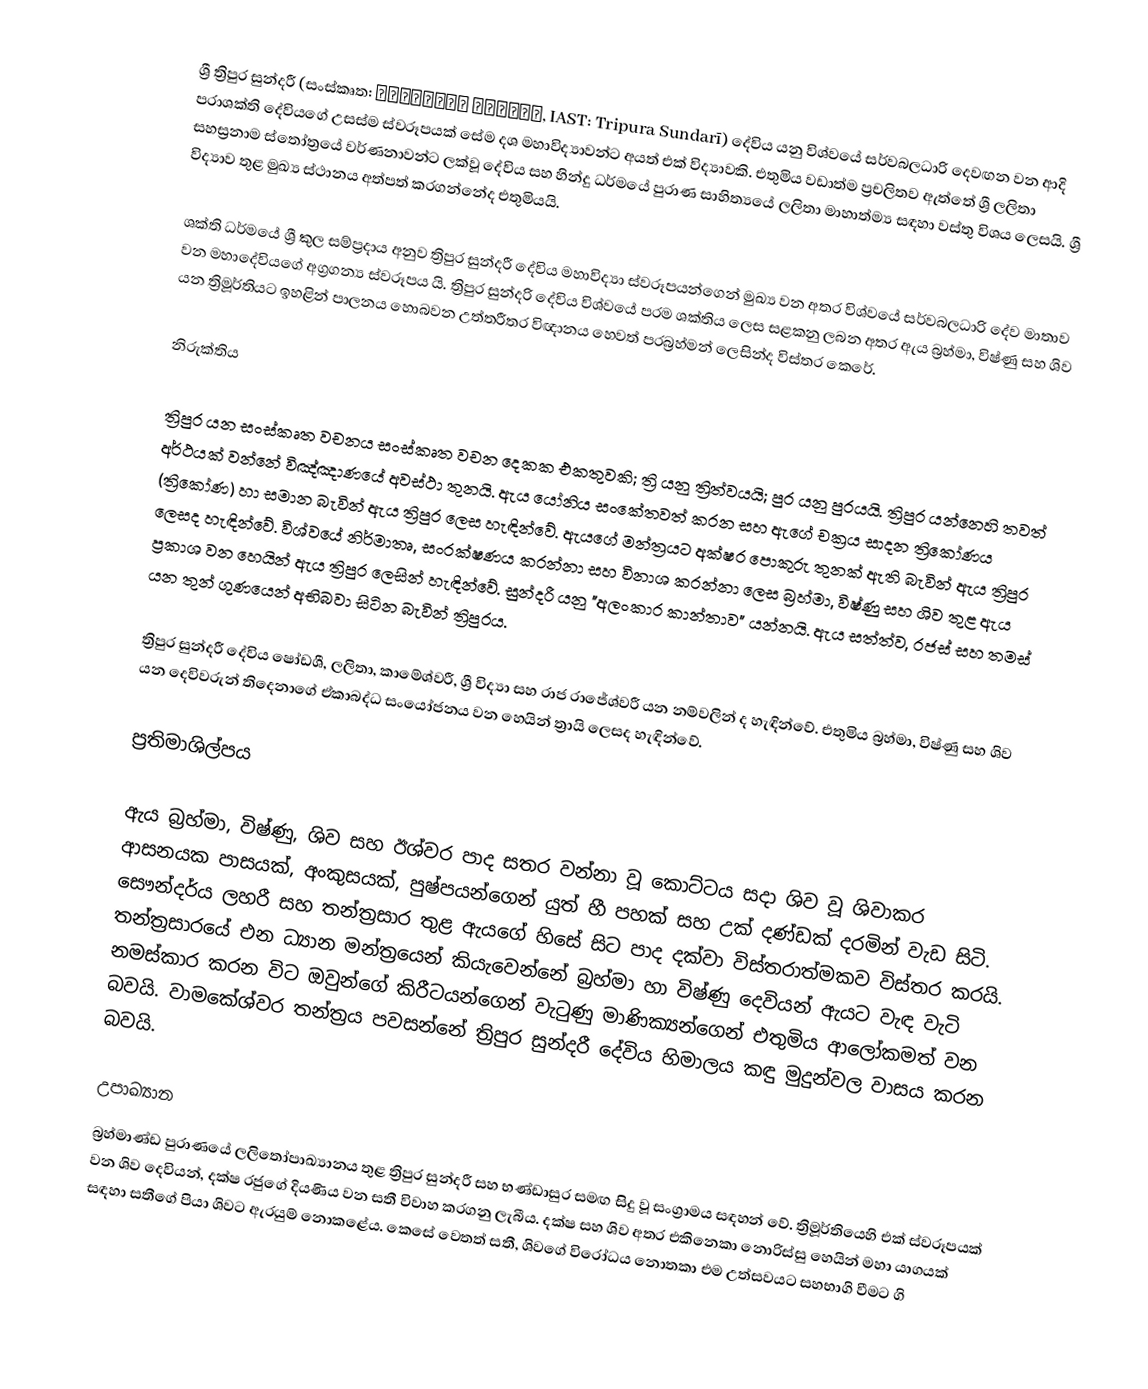
ශ්‍රී ත්‍රිපුර සුන්දරී (සංස්කෘත: त्रिपुरा सुंदरी, IAST: Tripura Sundarī) දේවිය යනු විශ්වයේ සර්වබලධාරි දෙවඟන වන ආදි පරාශක්ති දේවියගේ උසස්ම ස්වරූපයක් සේම දශ මහාවිද්‍යාවන්ට අයත් එක් විද්‍යාවකි. එතුමිය වඩාත්ම ප්‍රචලිතව ඇත්තේ ශ්‍රී ලලිතා සහස්‍රනාම ස්තෝත්‍රයේ වර්ණනාවන්ට ලක්වූ දේවිය සහ හින්දු ධර්මයේ පුරාණ සාහිත්‍යයේ ලලිතා මාහාත්ම්‍ය සඳහා වස්තු විශය ලෙසයි. ශ්‍රී විද්‍යාව තුළ මුඛ්‍ය ස්ථානය අත්පත් කරගන්නේද එතුමියයි.

ශක්ති ධර්මයේ ශ්‍රී කුල සම්ප්‍රදාය අනුව ත්‍රිපුර සුන්දරී දේවිය මහාවිද්‍යා ස්වරූපයන්ගෙන් මුඛ්‍ය වන අතර විශ්වයේ සර්වබලධාරි දේව මාතාව වන මහාදේවියගේ අග්‍රගන්‍ය ස්වරූපය යි. ත්‍රිපුර සුන්දරි දේවිය විශ්වයේ පරම ශක්තිය ලෙස සළකනු ලබන අතර ඇය බ්‍රහ්මා, විෂ්ණු සහ ශිව යන ත්‍රිමූර්තියට ඉහළින් පාලනය හොබවන උත්තරීතර විඥානය හෙවත් පරබ්‍රහ්මන් ලෙසින්ද විස්තර කෙරේ.

නිරුක්තිය

ත්‍රිපුර යන සංස්කෘත වචනය සංස්කෘත වචන දෙකක එකතුවකි; ත්‍රි යනු ත්‍රිත්වයයි; පුර යනු පුරයයි. ත්‍රිපුර යන්නෙහි තවත් අර්ථයක් වන්නේ විඤ්ඤාණයේ අවස්ථා තුනයි. ඇය යෝනිය සංකේතවත් කරන සහ ඇගේ චක්‍රය සාදන ත්‍රිකෝණය (ත්‍රිකෝණ) හා සමාන බැවින් ඇය ත්‍රිපුර ලෙස හැඳින්වේ. ඇයගේ මන්ත්‍රයට අක්ෂර පොකුරු තුනක් ඇති බැවින් ඇය ත්‍රිපුර ලෙසද හැඳින්වේ. විශ්වයේ නිර්මාතෘ, සංරක්ෂණය කරන්නා සහ විනාශ කරන්නා ලෙස බ්‍රහ්මා, විෂ්ණු සහ ශිව තුළ ඇය ප්‍රකාශ වන හෙයින් ඇය ත්‍රිපුර ලෙසින් හැඳින්වේ. සුන්දරී යනු "අලංකාර කාන්තාව" යන්නයි. ඇය සත්ත්ව, රජස් සහ තමස් යන තුන් ගුණයෙන් අභිබවා සිටින බැවින් ත්‍රිපුරය.

ත්‍රිපුර සුන්දරී දේවිය ෂෝඩශී, ලලිතා, කාමේශ්වරී, ශ්‍රී විද්‍යා සහ රාජ රාජේශ්වරී යන නම්වලින් ද හැඳින්වේ. එතුමිය බ්‍රහ්මා, විෂ්ණු සහ ශිව යන දෙවිවරුන් තිදෙනාගේ ඒකාබද්ධ සංයෝජනය වන හෙයින් ත්‍රායි ලෙසද හැඳින්වේ.

ප්‍රතිමාශිල්පය

ඇය බ්‍රහ්මා, විෂ්ණු, ශිව සහ ඊශ්වර පාද සතර වන්නා වූ කොට්ටය සදා ශිව වූ ශිවාකර ආසනයක පාසයක්, අංකුසයක්, පුෂ්පයන්ගෙන් යුත් හී පහක් සහ උක් දණ්ඩක් දරමින් වැඩ සිටි. සෞන්දර්ය ලහරී සහ තන්ත්‍රසාර තුළ ඇයගේ හිසේ සිට පාද දක්වා විස්තරාත්මකව විස්තර කරයි. තන්ත්‍රසාරයේ එන ධ්‍යාන මන්ත්‍රයෙන් කියැවෙන්නේ බ්‍රහ්මා හා විෂ්ණු දෙවියන් ඇයට වැඳ වැටි නමස්කාර කරන විට ඔවුන්ගේ කිරීටයන්ගෙන් වැටුණු මාණික්‍යන්ගෙන් එතුමිය ආලෝකමත් වන බවයි. වාමකේශ්වර තන්ත්‍රය පවසන්නේ ත්‍රිපුර සුන්දරී දේවිය හිමාලය කඳු මුදුන්වල වාසය කරන බවයි.

උපාඛ්‍යාන
බ්‍රහ්මාණ්ඩ පුරාණයේ ලලිතෝපාඛ්‍යානය තුළ ත්‍රිපුර සුන්දරී සහ භණ්ඩාසුර සමඟ සිදු වූ සංග්‍රාමය සඳහන් වේ. ත්‍රිමූර්තියෙහි එක් ස්වරූපයක් වන ශිව දෙවියන්, දක්ෂ රජුගේ දියණිය වන සතී විවාහ කරගනු ලැබීය. දක්ෂ සහ ශිව අතර එකිනෙකා නොරිස්සු හෙයින් මහා යාගයක් සඳහා සතීගේ පියා ශිවට ඇරයුම් නොකළේය. කෙසේ වෙතත් සතී, ශිවගේ විරෝධය නොතකා එම උත්සවයට සහභාගි වීමට ගි